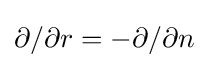
{\partial /\partial r}=-{\partial /\partial n}